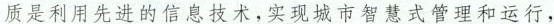
质是利用先进的信息技术，实现城市智慧式管理和运行，